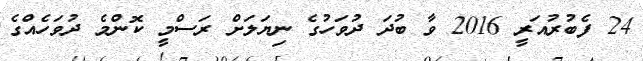
24 ފެބުރުއަރީ 2016 ވާ ބުދަ ދުވަހުގެ ނިޔަލަށް ރަސްމީ ކޮންމެ ދުވަހެއްގެ